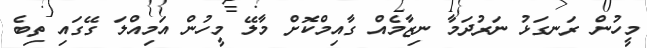
މީހުން ރަނގަޅު ނަރުދަމާ ނިޒާމެއް ގާއިމްކޮށް މާލޭ މީހުން އަމިއްލަ ގޭގައި ތިބެ